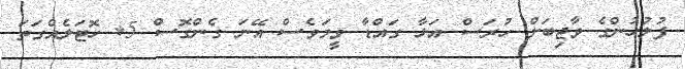
ފުލުހުންގެ ވާޖިބަށް ހުރަސް އަޅާ ގައްޑާ ވީމަވެސް އޭނަ ގެންގޮސް 5* ހޮޓަލެއްގަތަ